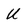
Character: U